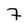
Character: 7